Indian journal of veterinary science and animal husbandry - Volume 4,
Year: 1934
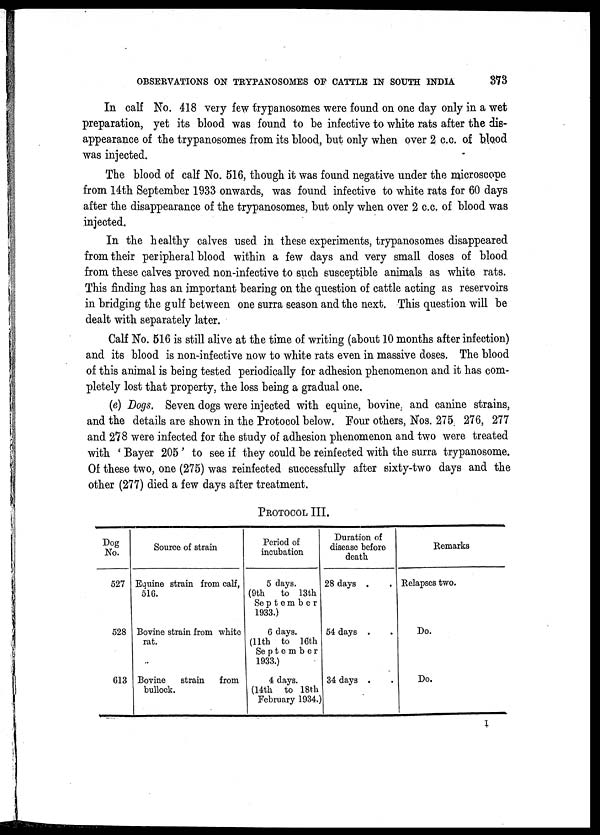
OBSERVATIONS ON TRYPANOSOMES OF CATTLE IN SOUTH INDIA
373
In calf No. 418 very few trypanosomes were found on one day only in a wet
preparation, yet its blood was found to be infective to white rats after the dis-
appearance of the trypanosomes from its blood, but only when over 2 c.c. of blood
was injected.
The blood of calf No. 516, though it was found negative under the microscope
from 14th September 1933 onwards, was found infective to white rats for 60 days
after the disappearance of the trypanosomes, but only when over 2 c.c. of blood was
injected.
In the healthy calves used in these experiments, trypanosomes disappeared
from their peripheral blood within a few days and very small doses of blood
from these calves proved non-infective to such susceptible animals as white rats.
This finding has an important bearing on the question of cattle acting as reservoirs
in bridging the gulf between one surra season and the next. This question will be
dealt with separately later.
Calf No. 516 is still alive at the time of writing (about 10 months after infection)
and its blood is non-infective now to white rats even in massive doses. The blood
of this animal is being tested periodically for adhesion phenomenon and it has com-
pletely lost that property, the loss being a gradual one.
(e) Dogs. Seven dogs were injected with equine, bovine, and canine strains,
and the details are shown in the Protocol below. Four others, Nos. 275, 276, 277
and 278 were infected for the study of adhesion phenomenon and two were treated
with ' Bayer 205 ' to see if they could be reinfected with the surra trypanosome.
Of these two, one (275) was reinfected successfully after sixty-two days and the
other (277) died a few days after treatment.
PROTOCOL III.
Dog
No.
527
528
613
Source of strain
Equine strain from calf,
516.
Bovine strain from white
rat.
Bovine
strain
from
bullock.
Period of
incubation
5 days.
(9th
to 13th
September
1933.)
6 days.
(11th to 16th
September
1933.)
4 days.
(14th to 18th
February 1934.)
Duration of
disease before
death
28 days . .
54 days . .
34 days . .
Remarks
Relapses two.
Do.
Do.
I